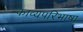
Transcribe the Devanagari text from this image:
काव्यपरिभाषा